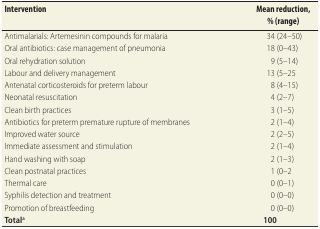
| Intervention | Mean reduction, % (range) |
 | --- | --- |
 | Antimalarials: Artemesinin compounds for malaria | 34 (24–50) |
 | Oral antibiotics: case management of pneumonia | 18 (0–43) |
 | Oral rehydration solution | 9 (5–14) |
 | Labour and delivery management | 13 (5–25 |
 | Antenatal corticosteroids for preterm labour | 8 (4–15) |
 | Neonatal resuscitation | 4 (2–7) |
 | Clean birth practices | 3 (1–5) |
 | Antibiotics for preterm premature rupture of membranes | 2 (1–4) |
 | Improved water source | 2 (2–5) |
 | Immediate assessment and stimulation | 2 (1–4) |
 | Hand washing with soap | 2 (1–3) |
 | Clean postnatal practices | 1 (0–2 |
 | Thermal care | 0 (0–1) |
 | Syphilis detection and treatment | 0 (0–0) |
 | Promotion of breastfeeding | 0 (0–0) |
 | Totala | 100 |